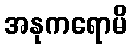
အနုကရောမိ